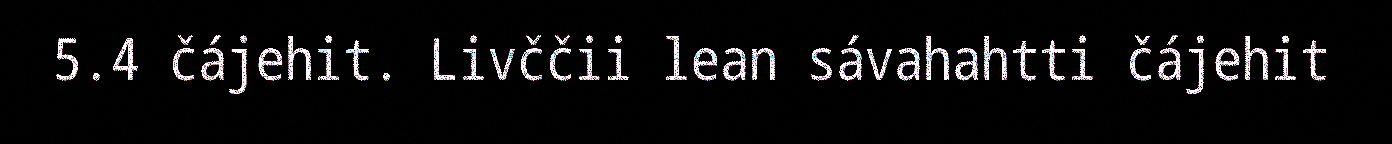
5.4 čájehit. Livččii lean sávahahtti čájehit